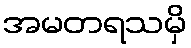
အမတရသမှိ